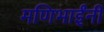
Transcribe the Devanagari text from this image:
मणिभाईंनी